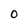
Character: 0